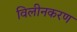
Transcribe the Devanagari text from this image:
विलीनकरण